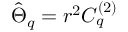
\hat { \Theta } _ { q } = r ^ { 2 } C _ { q } ^ { ( 2 ) }